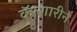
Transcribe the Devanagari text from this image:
कॅल्गारीने